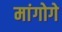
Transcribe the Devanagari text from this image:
मांगोगे